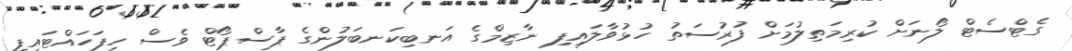
ގެޓްސެޓް ލޯނަށް ކުރިމަތިލުމަށް ފުރުސަތު ހުޅުވާލައިފި ނާޒިމްގެ އަނބިކަނބަލުންގެ ޕާސްޕޯޓް ވެސް ހިފަހައްޓައިފި